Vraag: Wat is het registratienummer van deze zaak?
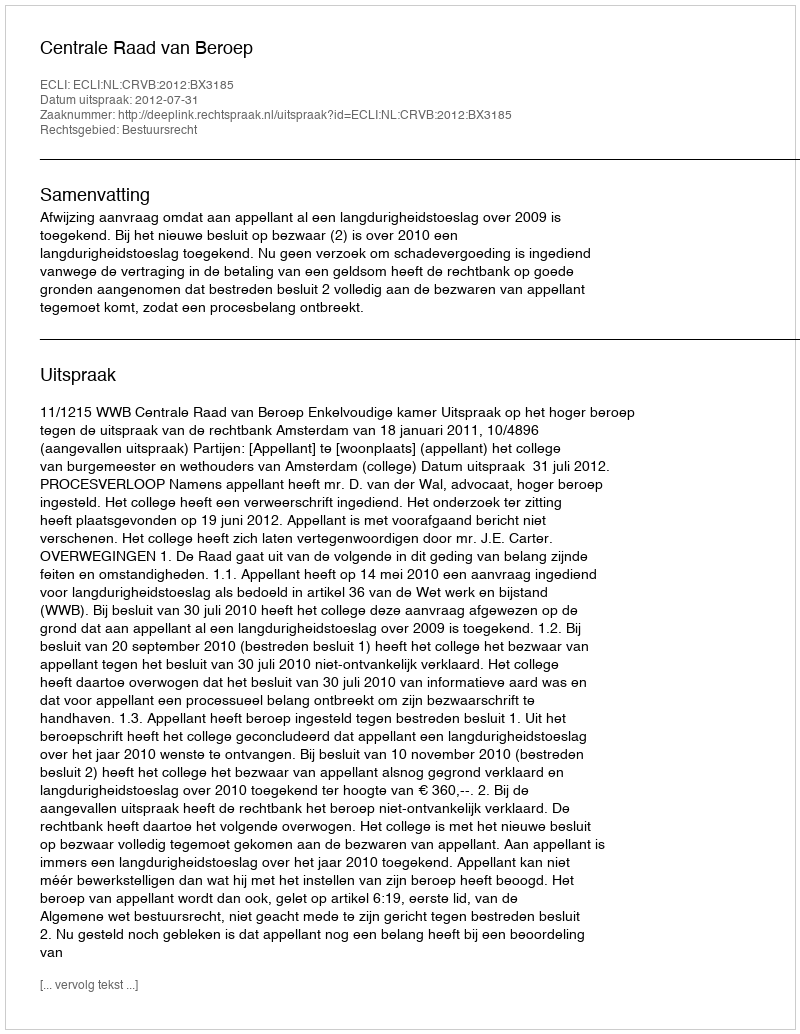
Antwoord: http://deeplink.rechtspraak.nl/uitspraak?id=ECLI:NL:CRVB:2012:BX3185